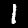
Label: 1